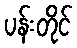
ပန်းတိုင်